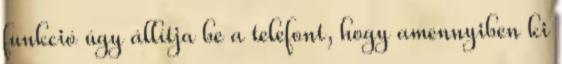
funkció úgy állítja be a telefont, hogy amennyiben ki